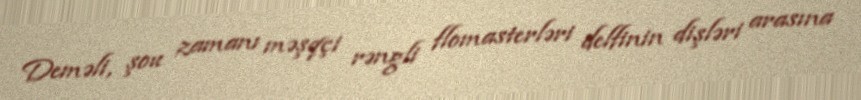
Deməli, şou zamanı məşqçi rəngli flomasterləri delfinin dişləri arasına